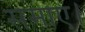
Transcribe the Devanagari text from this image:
समाए।